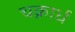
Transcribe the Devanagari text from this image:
चक्रार्ध